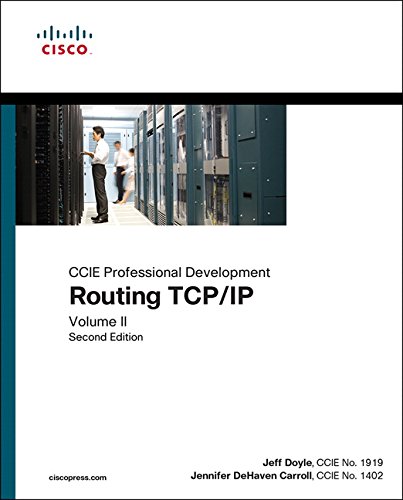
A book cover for Routing TCP/IP, Volume II: CCIE Professional Development (2nd Edition); Jeff Doyle; Computers & Technology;